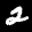
Label: 2